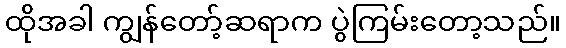
ထိုအခါ ကျွန်တော့်ဆရာက ပွဲကြမ်းတော့သည်။